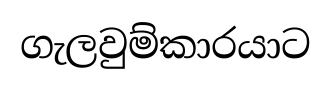
ගැලවුම්කාරයාට